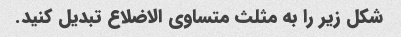
شکل زیر را به مثلث متساوی الاضلاع تبدیل کنید.